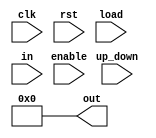
module counter(
    input up_down,
    clk,
    rst,
    enable,
    load,
    input [3:0] in,
    output reg [3:0] out
);
initial begin
out=0;
end

always @(rst) 
    if(enable)
        out=0;

always @(negedge clk ) 
   if(enable)
        if(rst)
            out=0;
        else if(load)
            out<=in;
        else
            if(up_down)
                out<=out+1;
            else
                out<=out-1;
        
endmodule